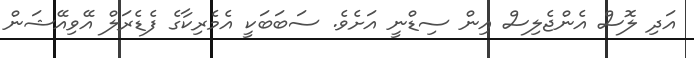
އަދި ލޮސް އެންޖެލިސް އިން ސިޑްނީ އަށެވެ. ސަބަބަކީ އެމެރިކާގެ ފެޑެރަލް އޭވިއޭޝަން